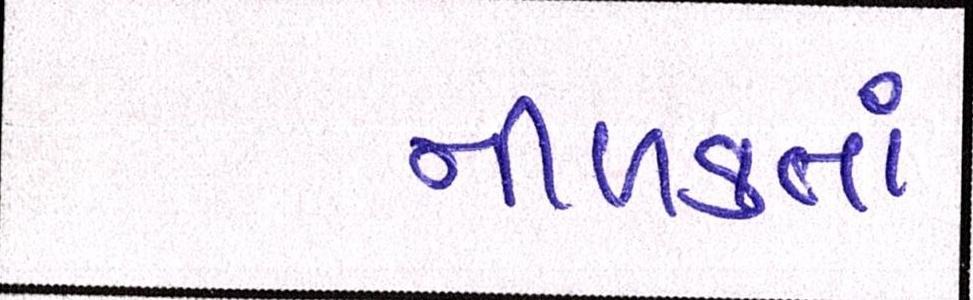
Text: નીળક્તાં